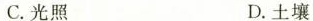
C.光照 D.土壤